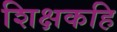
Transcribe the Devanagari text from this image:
शिक्षकहि